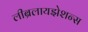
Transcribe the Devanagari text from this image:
लीब्रलायझेशन्स